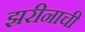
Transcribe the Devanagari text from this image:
झरीनाची